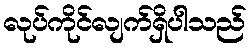
လုပ်ကိုင်လျက်ရှိပါသည်